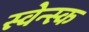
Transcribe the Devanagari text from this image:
स्वेन्स्क